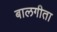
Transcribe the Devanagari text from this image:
बालगीता